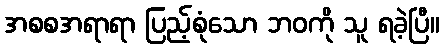
အစစအရာရာ ပြည့်စုံသော ဘဝကို သူ ရခဲ့ပြီ။